Reports on military cantonments and civil stations in the Presidency of Bombay inspected by the Sanitary Commissioner in the years 1875 and 1876
Year: 1875
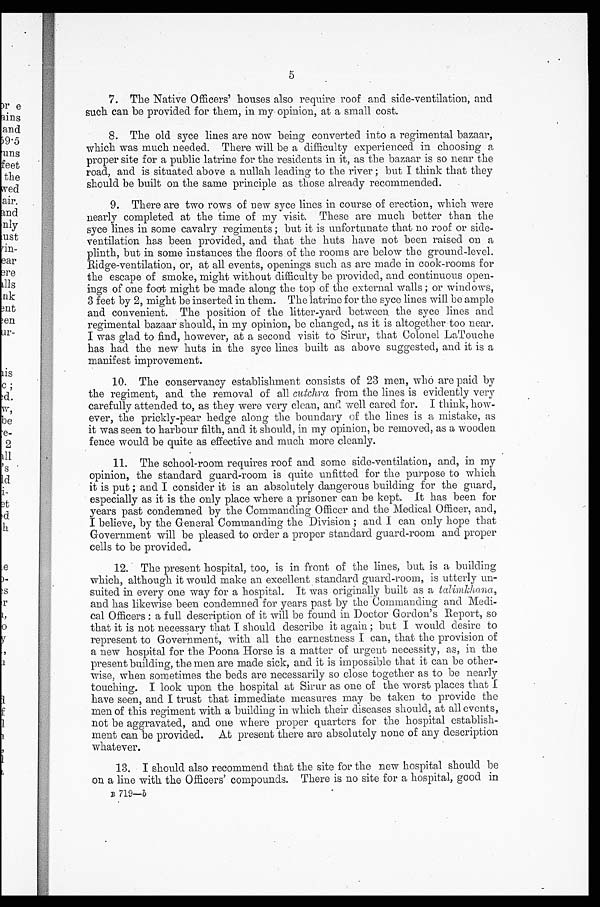
7. The Native Officers' houses also require roof and side-ventilation, and
such can be provided for them, in my opinion, at a small cost.
8. The old syce lines are now being converted into a regimental bazaar,
which was much needed. There will be a difficulty experienced. in choosing a
proper site for a public latrine for the residents in it, as the bazaar is so near the
road, and is situated above a nullah leading to the river ; but I think that they
should be built on the same principle as those already recommended.
9. There are two rows of new syce lines in course of erection, which were
nearly completed at the time of my visit. These are much better than the
syce lines in some cavalry regiments ; but it is unfortunate that no roof or side-
ventilation has been provided, and that the huts have not been raised on a
plinth, but in some instances the floors of the rooms are below the ground-level.
Ridge-ventilation, or, at all events, openings such as are made in cook-rooms for
the escape of smoke, might without difficulty be provided, and continuous open-
ings of one foot might be made along the top of the external walls ; or windows,
3 feet by 2, might be inserted in them. The latrine for the syce lines will be ample
and convenient. The position of the litter-yard between . the syce lines and
regimental bazaar should, in my opinion, be changed, as it is altogether too near.
I was glad to find, however, at a second visit to Sirur, that Colonel LaTouche
has had the new huts in the syce lines built as above suggested, and it is a
manifest improvement.
10. The conservancy establishment consists of 23 men, who are paid by
the regiment, and the removal of all cutchra from the lines is evidently very
carefully attended to, as they were very clean, and. well cared for. I think, how-
ever, the prickly-pear hedge along the boundary of the lines is a mistake, as
it was seen to harbour filth, and it should, in my opinion, be removed, as a wooden
fence would be quite as effective and much more cleanly.
11. The school-room requires roof and some side-ventilation, and, in my
opinion, the standard guard-room is quite unfitted for the purpose to which
it is put ; and I consider it is an absolutely dangerous building for the guard,
especially as it is the only place where a prisoner can be kept. It has been for
years past condemned by the Commanding Officer and the Medical Officer, and,
I believe, by the General Commanding the Division ; and I can only hope that
Government will be pleased to order a proper standard guard-room and proper
cells to be provided
12. The present hospital, too, is in front of the lines, but, is a building
which, although it would make an excellent standard guard-room, is utterly un-
suited in every one way for a hospital. It was originally built as a talimlchana,
and has likewise been condemned for years past by the Commanding and Medi-
cal Officers : a full description of it will be found in Doctor Gordon's Report, so
that it is not necessary that I should describe it again ; but I would desire to
represent to Government, with all the earnestness I can, that the provision of
a new hospital for the Poona Horse is a matter of urgent necessity, as, in the
present building, the men are made sick, and it is impossible that it can be other-
wise, when sometimes the beds are necessarily so close together as to be nearly
touching. I look upon the hospital at Sirur as one of the worst places that I
have seen, and I trust that immediate measures may be taken to provide the
men of this regiment with a building in which their diseases should, at all events,
not be aggravated, and one where proper quarters for the hospital establish-
ment can be provided. At present there are absolutely none of any description
whatever.
13. I should also recommend that the site for the new hospital should be
on a line with the Officers' compounds. There is no site for a hospital, good in
B 719-b